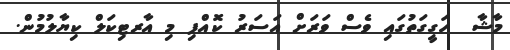
މާޝާ  ހަގީގަތުގައި ވެސް ވަރަށް އަސަރު ކޮއްފި މި އާރޓިކަލް ކިޔާލުމުން.